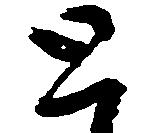
と